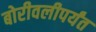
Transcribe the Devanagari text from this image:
बोरीवलीपर्यंत